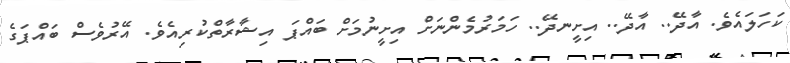
ކަހަލައެވެ. އާދޭ.. އާދޭ.. އިށީނދޭ.. ހަމަރުމެންނަށް އިށީނުމަށް ބައްޕަ އިޝާރާތްކުރިއެވެ. އޭރުވެސް ބައްޕަގެ